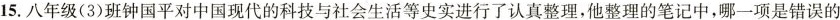
15.八年级(3)班钟国平对中国现代的科技与社会生活等史实进行了认真整理，他整理的笔记中，哪一项是错误的